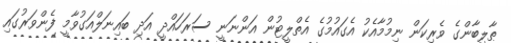
ޠާލިބާންގެ ވެރިކަން ނިމުމާއެކު އެގައުމުގެ އެތްލީޓުން އަންނަނީ ސަރަހައްދީ އަދި ބައިނަލްއަގުވާމީ ފެންވަރުގައި